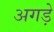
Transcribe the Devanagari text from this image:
अगड़े